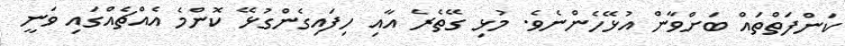
ކަންފަތްތައް ބަށްވާން އުޅޭހެންނެވެ. މުޅި ގޭތެރެ އާއި ހިފައިގެންގުޅޭ ކޮންމެ އެއްޗެއްގައި ވަނީ